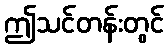
ဤသင်တန်းတွင်